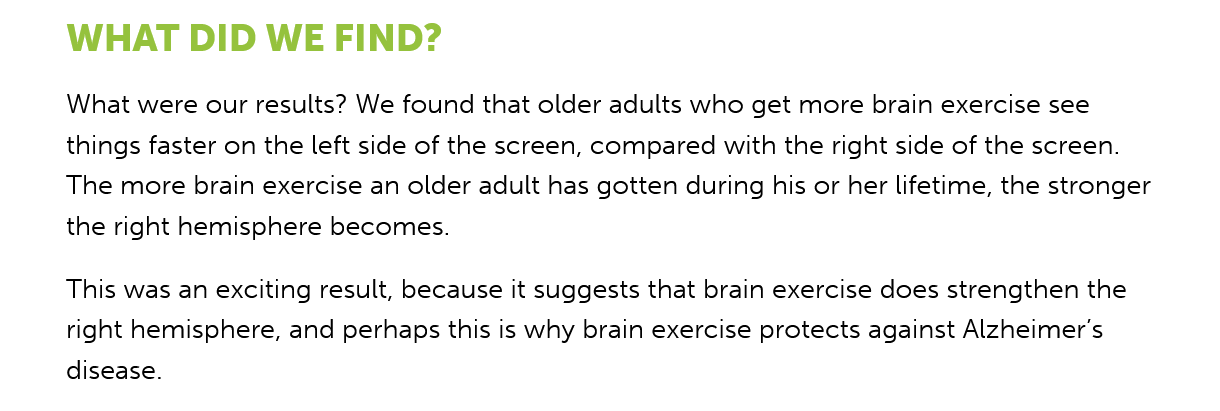
WHAT   DID    WE FIND?
     What were our results? We found that older adults who get more brain exercise see
     things faster on the left side of the screen, compared with the right side of the screen.
     The more brain exercise an older adult has gotten during his or her lifetime, the stronger
     the right hemisphere becomes.
     This was an exciting result, because it suggests that brain exercise does strengthen the
     right hemisphere, and perhaps this is why brain exercise protects against Alzheimer’s
     disease.